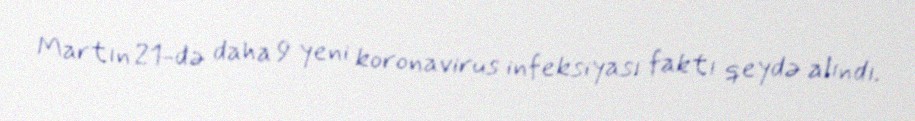
Martın 21-də daha 9 yeni koronavirus infeksiyası faktı qeydə alındı.